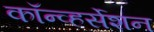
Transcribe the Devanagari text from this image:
कॉन्व्हर्सेशन